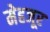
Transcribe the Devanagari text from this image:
मेहजूर